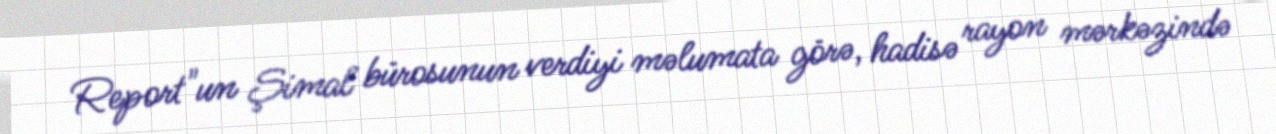
Report"un Şimal bürosunun verdiyi məlumata görə, hadisə rayon mərkəzində